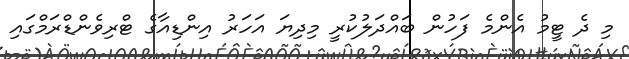
މި ދެ ޓީމު އެންމެ ފަހުން ބައްދަލުކުރީ މިދިޔަ އަހަރު އިންޑިއާގެ ޓްރިވެންޑްރަމްގައި